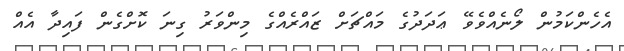
އެހެންކަމުން ލޯނެއްވެވޭ ޢަދަދުގެ މައްޗަށް ޒައްރެއްގެ މިންވަރު ގިނަ ކޮށްގެން ފައިދާ އެއް